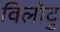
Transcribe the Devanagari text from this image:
विलोदु